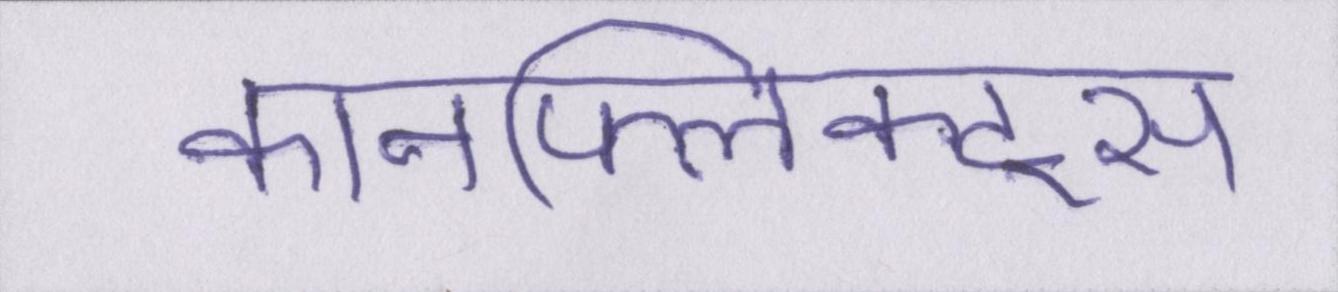
कॉनफ्लिक्ट्स